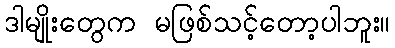
ဒါမျိုးတွေက မဖြစ်သင့်တော့ပါဘူး။